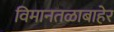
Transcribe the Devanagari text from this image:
विमानतळाबाहेर